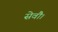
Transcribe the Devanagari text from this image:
सेवाै।